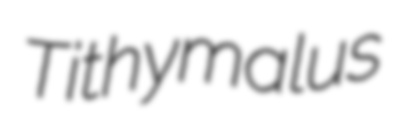
Tithymalus